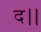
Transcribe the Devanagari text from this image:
द।।